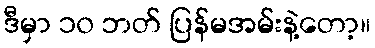
ဒီမှာ ၁၀ ဘတ် ပြန်မအမ်းနဲ့တော့။